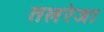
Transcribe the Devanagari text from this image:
तलरेजा